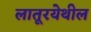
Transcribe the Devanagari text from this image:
लातूरयेथील